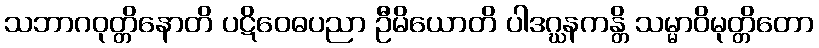
သဘာဂဝုတ္တိနောတိ ပဋိဝေဓပညာ ဦမိယောတိ ပါဒဂ္ဃနကန္တိ သမ္မာဝိမုတ္တိတော